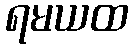
ရမယထ